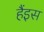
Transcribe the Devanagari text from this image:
हैंइस